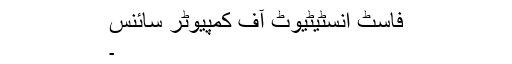
فاسٹ انسٹیٹیوٹ آف کمپیوٹر سائنس
۔